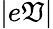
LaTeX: |e\mathfrak{V}|